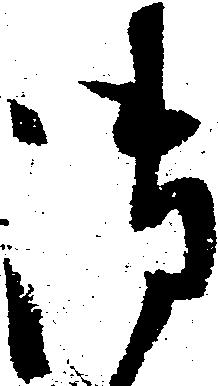
御